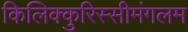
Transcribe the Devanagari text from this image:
किलिक्कुरिस्सीमंगलम